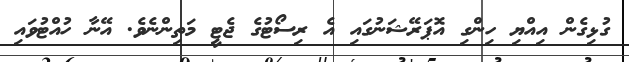
ގުޅިގެން އިއްޔި ހިންގި އޮޕަރޭޝަނުގައި އެ ރިސޯޓުގެ ޖެޓީ މަތިންނެވެ. އޭނާ ހުއްޓުވައި